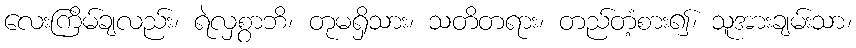
လေးကြိမ်ချလည်း၊ ရဲလှစွာဘိ၊ တုမရှိသား၊ သတိတရား၊ တည်တံ့စား၍၊ သူအားချမ်းသာ၊